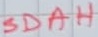
Text: SDAH